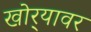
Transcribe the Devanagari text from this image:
खोर्‍यावर